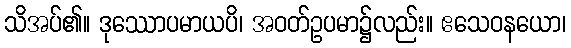
သိအပ်၏။ ဒုဿောပမာယပိ၊ အဝတ်ဥပမာ၌လည်း။ ဧသေဝနယော၊